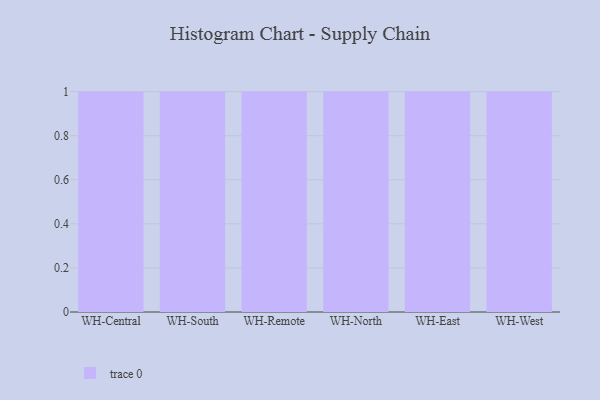
{"axis": {"x": "Warehouse", "y": "Backlog"}, "legend": [""], "data": [{"x": "WH-Central", "y": 74, "type": ""}, {"x": "WH-South", "y": 10, "type": ""}, {"x": "WH-Remote", "y": 66, "type": ""}, {"x": "WH-North", "y": 64, "type": ""}, {"x": "WH-East", "y": 48, "type": ""}, {"x": "WH-West", "y": 23, "type": ""}]}